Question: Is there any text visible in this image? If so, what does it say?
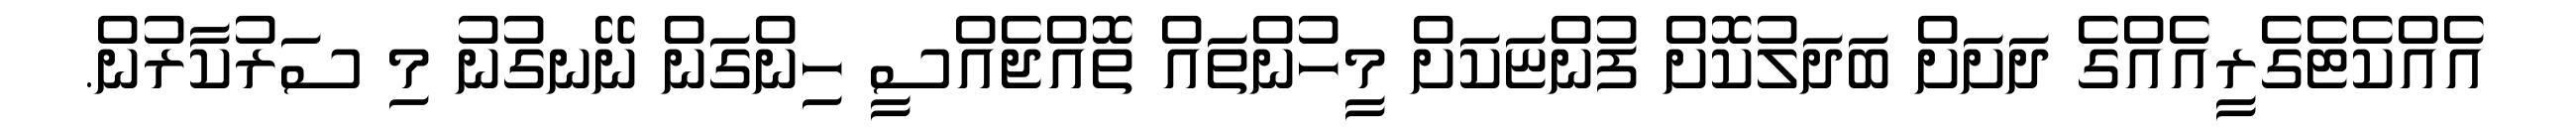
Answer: އެއްކެޓެގެރީއެއްގެ ދަށަށް ބަދަލުކޮށް ފުންޏަކަށް މީހުންތައް ތޮއްޖެއްސީ ހިންގަން ނޭނގުނު މި ސަރުކާރުން.